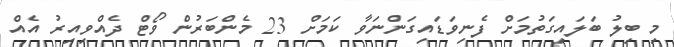
މި ބިލު ބަލައިގަތުމަށް ފެނިވަޑައިގަންނަވާ ކަމަށް 23 މެންބަރުން ވޯޓް ދެއްވިއިރު އެއް